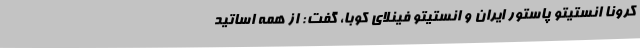
کرونا انستیتو پاستور ایران و انستیتو فینلای کوبا، گفت: از همه اساتید